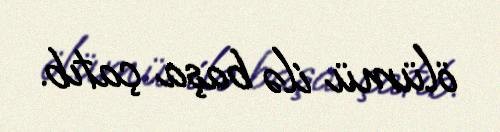
ölümü ilə başa çatıb.